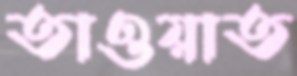
তাওয়াত